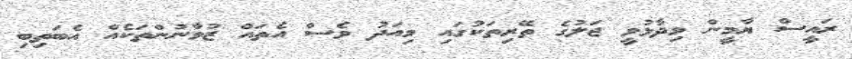
ރައީސް ޔާމީން ވިދާޅުވީ ޖަލުގެ ތޭރިތަކުގައި މިއަދު ވެސް އެތައް ޒުވާނުންތަކެއް އެބަތިބި